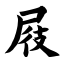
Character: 屐